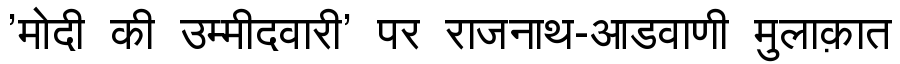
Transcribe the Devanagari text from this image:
'मोदी की उम्मीदवारी' पर राजनाथ-आडवाणी मुलाक़ात